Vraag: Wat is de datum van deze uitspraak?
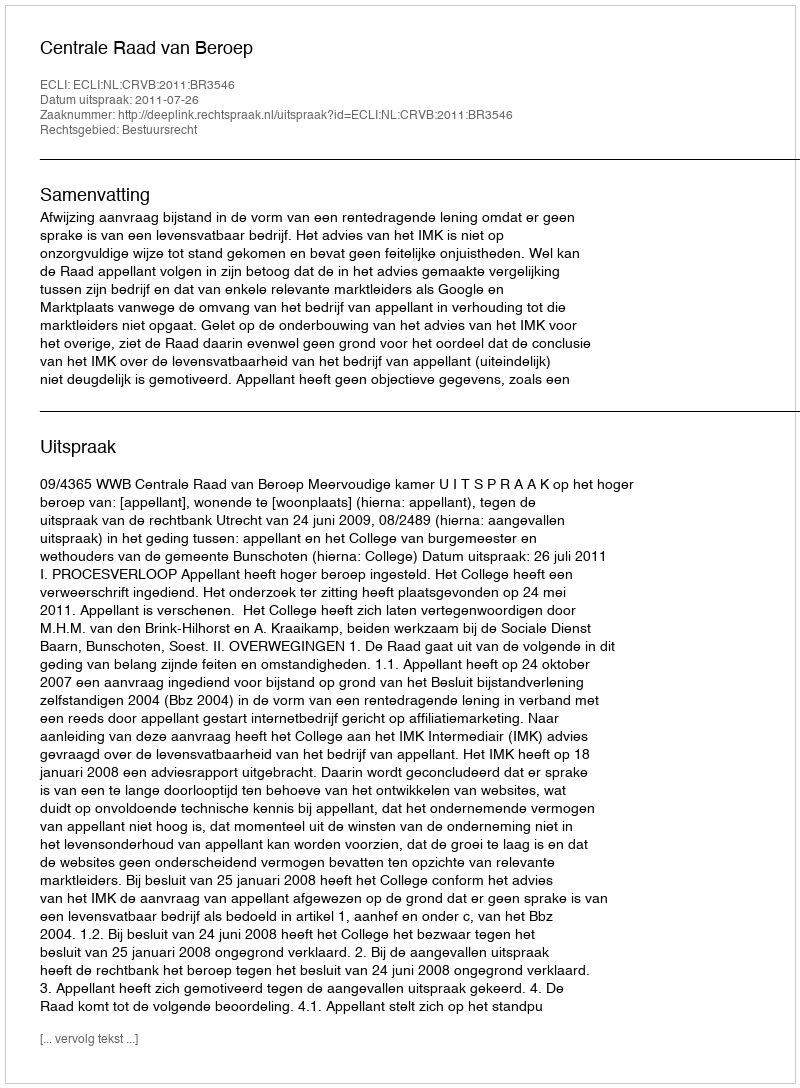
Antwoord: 2011-07-26